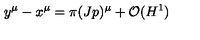
y ^ { \mu } - x ^ { \mu } = \pi ( J p ) ^ { \mu } + { \cal O } ( H ^ { 1 } )